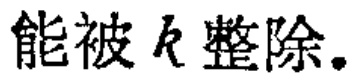
能被\(k\)整除。